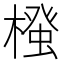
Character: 𭫷